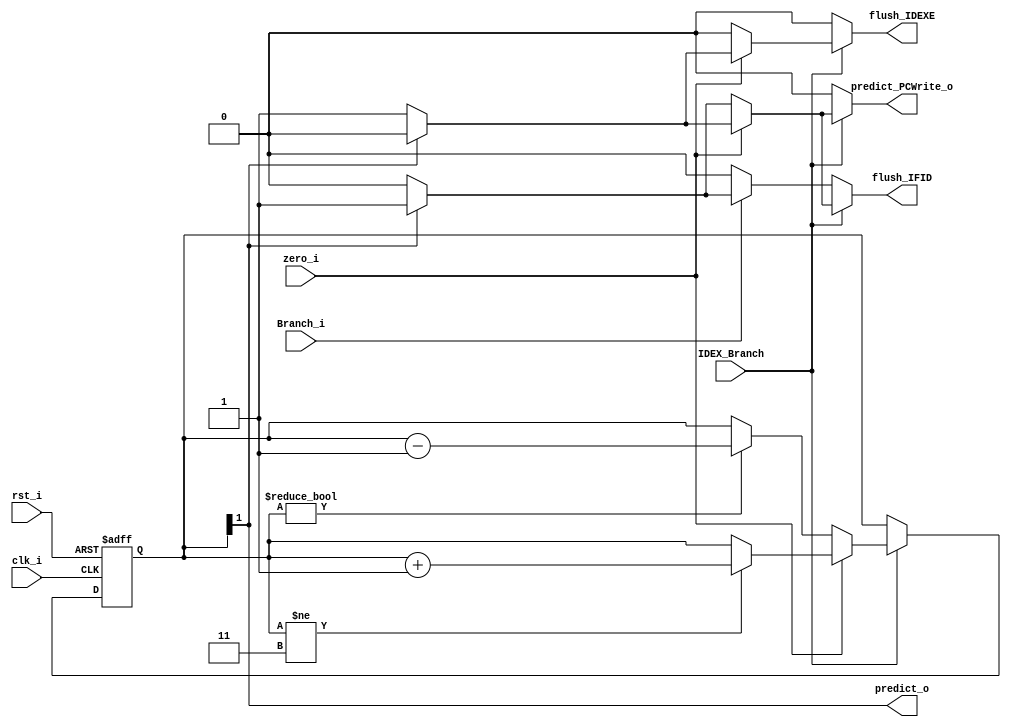
module Predictor (
    clk_i,
    rst_i,
    Branch_i,       // IFID
    IDEX_Branch,    // IDEX
    zero_i,         // IDEX
    flush_IFID,
    flush_IDEXE,
    predict_o,
    predict_PCWrite_o
);

    input clk_i;
    input rst_i;
    input Branch_i;
    input IDEX_Branch;
    input zero_i;
    reg [1:0] state;
    output reg flush_IFID;
    output reg flush_IDEXE;
    output reg predict_o;
    output reg predict_PCWrite_o;

    initial begin
        state = 2'b11;
    end

    always@(posedge clk_i or negedge rst_i) begin
        if(~rst_i) begin
            state <= 2'b11;
        end else begin
            if (IDEX_Branch == 1'b1) begin
                if (zero_i == 1'b1) begin
                    if (state != 2'b11) begin
                        state <= state + 1'b1;
                    end
                end else begin
                    if (state != 2'b00) begin
                        state <= state - 1'b1;
                    end
                end
            end
        end
    end

    always @(*) begin  
        if (IDEX_Branch == 1'b1) begin
            if (zero_i == 1'b1) begin
                if (state[1] != 1'b1) begin
                    flush_IFID = 1'b1;
                    flush_IDEXE = 1'b1;
                    predict_PCWrite_o = 1'b1;
                end else begin
                    flush_IFID = 1'b0;
                    flush_IDEXE = 1'b0;
                    predict_PCWrite_o = 1'b0;
                end
            end else begin
                if (state[1] != 1'b0) begin
                    flush_IFID = 1'b1;
                    flush_IDEXE = 1'b0;
                    predict_PCWrite_o = 1'b1;
                end else begin
                    flush_IFID = 1'b0;
                    flush_IDEXE = 1'b0;
                    predict_PCWrite_o = 1'b0;
                end
            end
        end else if (Branch_i == 1'b1) begin
            if (state[1] == 1'b1) begin
                flush_IFID = 1'b1;
            end else begin
                flush_IFID = 1'b0;
            end
            flush_IDEXE = 1'b0;
            predict_PCWrite_o = 1'b0;
        end else begin
            flush_IFID = 1'b0;
            flush_IDEXE = 1'b0;
            predict_PCWrite_o = 1'b0;
        end
        predict_o = state[1];
    end

endmodule